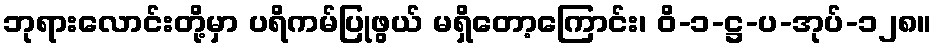
ဘုရားလောင်းတို့မှာ ပရိကမ်ပြုဖွယ် မရှိတော့ကြောင်း၊ ဝိ-၁-ဋ္ဌ-ပ-အုပ်-၁၂၈။